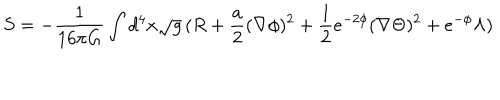
LaTeX: S = - \frac { 1 } { 1 6 \pi G } \int d ^ { 4 } x \sqrt { g } \, ( R + \frac { a } { 2 } ( \nabla \phi ) ^ { 2 } + \frac { 1 } { 2 } e ^ { - 2 \phi } ( \nabla \Theta ) ^ { 2 } + e ^ { - \phi } \Lambda )